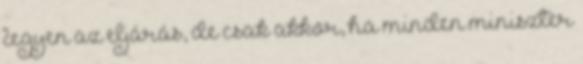
legyen az eljárás, de csak akkor, ha minden miniszter